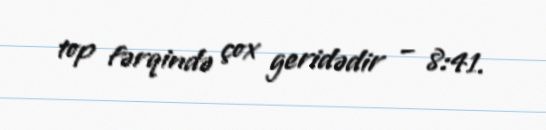
top fərqində çox geridədir – 8:41.